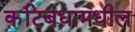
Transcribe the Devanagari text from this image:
कटिबंधांमधील